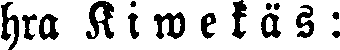
hra K i w e k ä s :